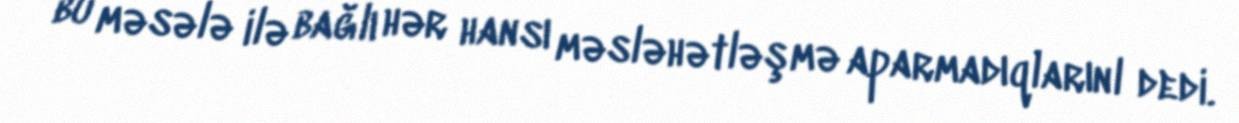
bu məsələ ilə bağlı hər hansı məsləhətləşmə aparmadıqlarınl dedi.